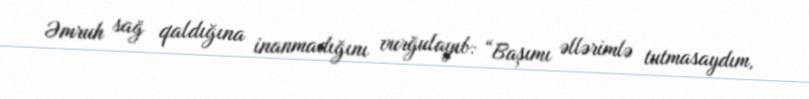
Əmruh sağ qaldığına inanmadığını vurğulayıb: “Başımı əllərimlə tutmasaydım,